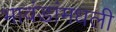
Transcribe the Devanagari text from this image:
भावंडांमधली